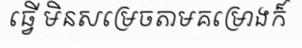
ធ្វើ មិនសម្រេចតាមគម្រោងក៏